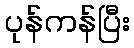
ပုန်ကန်ပြီး